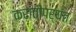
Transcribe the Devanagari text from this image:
क्रांतीपर्यंत